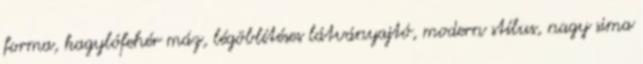
forma, kagylófehér máz, légöblítéses látványajtó, modern stílus, nagy sima